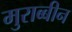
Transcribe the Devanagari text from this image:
मुराब्बीन